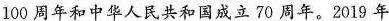
100周年和中华人民共和国成立70周年。2019年